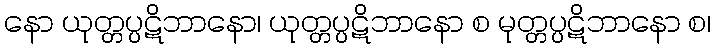
နော ယုတ္တပ္ပဋိဘာနော၊ ယုတ္တပ္ပဋိဘာနော စ မုတ္တပ္ပဋိဘာနော စ၊